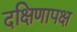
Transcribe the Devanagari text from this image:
दक्षिणापक्ष